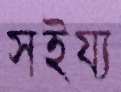
সইয্য